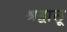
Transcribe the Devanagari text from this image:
श्रद्वालू